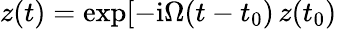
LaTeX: z(t)=\exp[-\mathrm{i}\Omega(t-t_{0})\, z(t_{0})